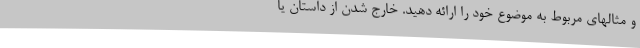
و مثالهای مربوط به موضوع خود را ارائه دهید. خارج شدن از داستان یا